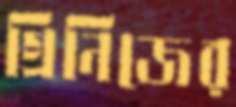
গ্রিনিজের